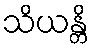
သိယန္တိ